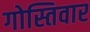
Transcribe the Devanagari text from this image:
गोस्तिवार